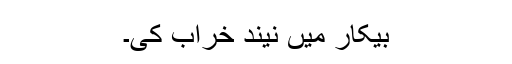
بیکار میں نیند خراب کی۔